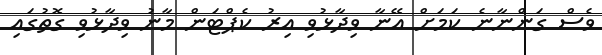
ވެސް ގަންނާނެ ކަމަށް އޭނާ ވިދާޅުވި އިރު ކެޕްޓަން މާނު ވިދާޅުވި ގޮތުގައި